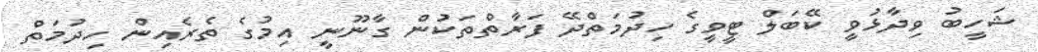
ޝަހީބު ވިދާޅުވީ ކޭބަލް ޓީވީގެ ހިދުމަތްދޭ ފަރާތްތަކުން ގާނޫނީ އިމުގެ ތެރެއިން ހިދުމަތް